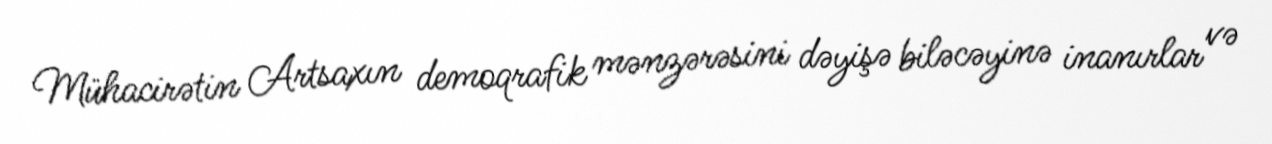
Mühacirətin Artsaxın demoqrafik mənzərəsini dəyişə biləcəyinə inanırlar və